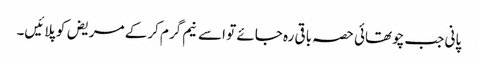
پانی جب چوتھائی حصہ باقی رہ جائے تو اسے نیم گرم کرکے مریض کو پلائیں۔